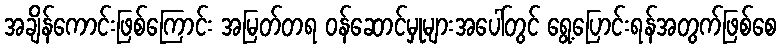
အချိန်ကောင်းဖြစ်ကြောင်း အမြတ်တရ ဝန်ဆောင်မှုများအပေါ်တွင် ရွေ့ပြောင်းရန်အတွက်ဖြစ်စေ